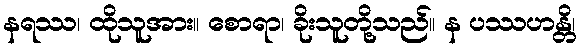
နရဿ၊ ထိုသူအား။ စောရာ၊ ခိုးသူတို့သည်။ န ပဿဟန္တိ၊